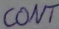
Text: CONT